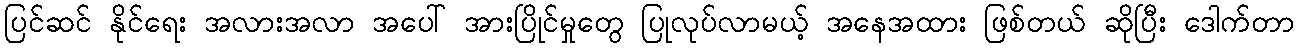
ပြင်ဆင် နိုင်ရေး အလားအလာ အပေါ် အားပြိုင်မှုတွေ ပြုလုပ်လာမယ့် အနေအထား ဖြစ်တယ် ဆိုပြီး ဒေါက်တာ